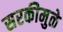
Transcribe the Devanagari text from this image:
सरकीमुळे